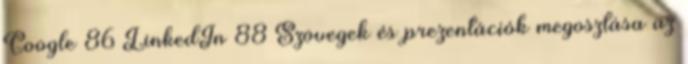
Google 86 LinkedIn 88 Szövegek és prezentációk megosztása az